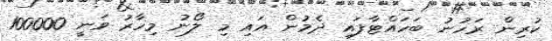
ކުރިން ރަހުނު ބަހައްޓާފައި ދެމުން އަައި މި ލޯނު މިހާރު ވަނީ 100000